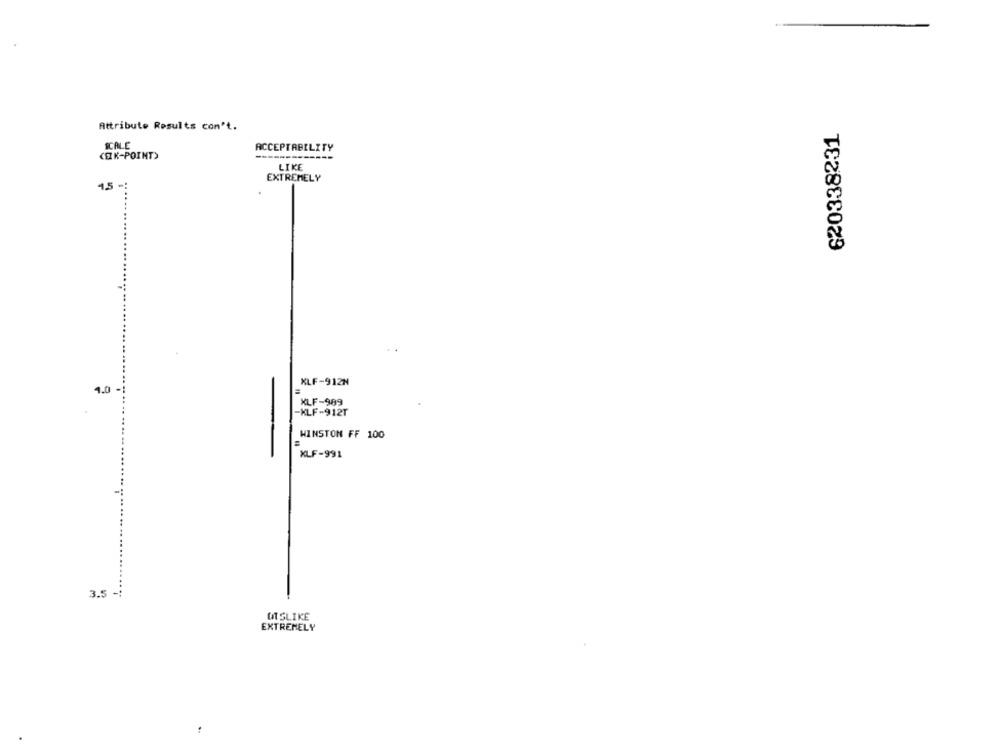
Attribute Results con't.
620338231
SCALE
ACCEPTABILITY
(EK-POINT)
LIKE
EXTREMELY
1.5 -
XLF-912N
4.0-
XLF-989
-KLF-912T
WINSTON FF 100
XLF-991
3.5 -:
UT SLIKE
EXTREMELY